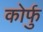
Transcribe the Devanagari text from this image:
कोर्फु